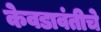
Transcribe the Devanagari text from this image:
केवडावंतीचे